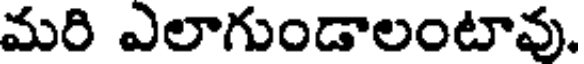
మరి ఎలాగుండాలంటావు.